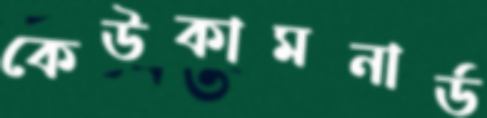
কেউকামনার্ড